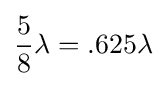
{5 \over 8}\lambda =.625\lambda